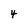
Character: 4